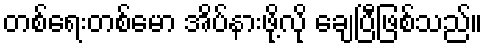
တစ်ရေးတစ်မော အိပ်နားဖို့လို ချေပြီဖြစ်သည်။